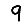
Digit: 9